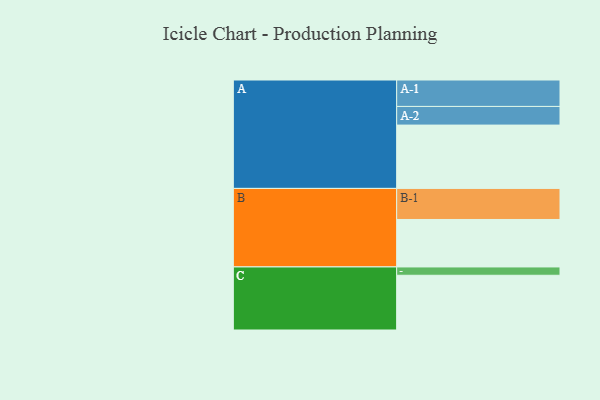
{"axis": {"x": "Segment", "y": "Value"}, "legend": ["", "A", "B", "C"], "data": [{"x": "A", "y": 479, "type": ""}, {"x": "B", "y": 359, "type": ""}, {"x": "C", "y": 414, "type": ""}, {"x": "A-1", "y": 200, "type": "A"}, {"x": "A-2", "y": 141, "type": "A"}, {"x": "B-1", "y": 235, "type": "B"}, {"x": "C-1", "y": 63, "type": "C"}]}